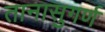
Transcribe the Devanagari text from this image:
तानासुगर्ण